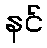
နင်